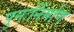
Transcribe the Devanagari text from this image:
पुनःर्निर्माण